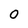
Character: O